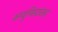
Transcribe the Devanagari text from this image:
कम्युनिस्टांसह